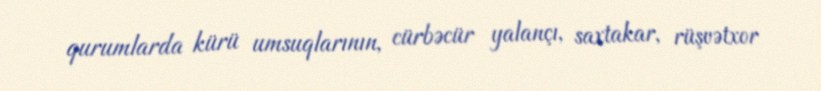
qurumlarda kürü umsuqlarının, cürbəcür yalançı, saxtakar, rüşvətxor